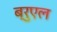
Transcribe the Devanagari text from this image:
ब्रुएल